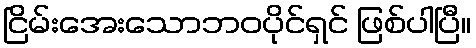
ငြိမ်းအေးသောဘဝပိုင်ရှင် ဖြစ်ပါပြီ။